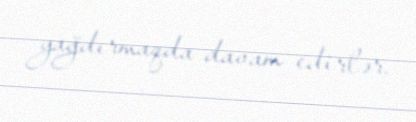
yağdırmaqda davam edirlər.